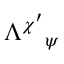
\Lambda ^ { \chi ^ { \prime } } { } _ { \psi }